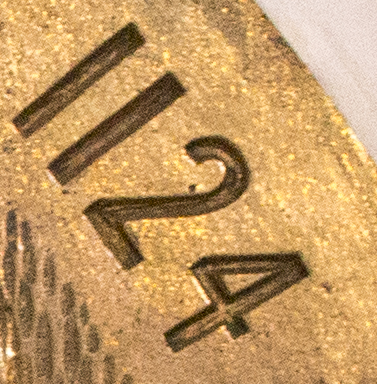
1124